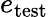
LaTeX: e_{\mathrm{test}}